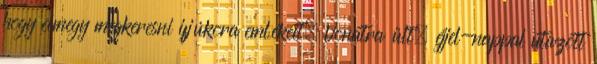
hogy elmegy megkeresni ifjúkora emlékeit. Vonatra ült, éjjel-nappal utazott